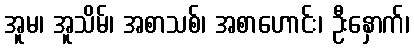
အူမ၊ အူသိမ်၊ အစာသစ်၊ အစာဟောင်း၊ ဦးနှောက်၊